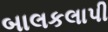
બાલકલાપી